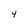
Character: 4